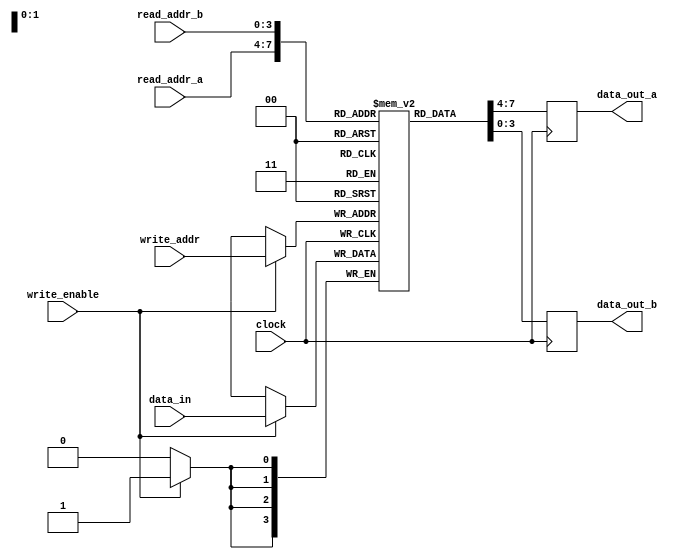
module register_file (
  input wire [3:0] read_addr_a,
  input wire [3:0] read_addr_b,
  input wire [3:0] write_addr,
  input wire [3:0] data_in,
  input wire write_enable,
  input wire clock,
  output reg [3:0] data_out_a,
  output reg [3:0] data_out_b
);

reg [3:0] registers [0:15];

always @(posedge clock) begin
  if (write_enable) begin
    registers[write_addr] <= data_in;
  end
  data_out_a <= registers[read_addr_a];
  data_out_b <= registers[read_addr_b];
end

endmodule